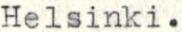
Helsinki.